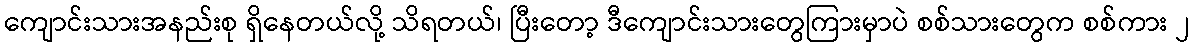
ကျောင်းသားအနည်းစု ရှိနေတယ်လို့ သိရတယ်၊ ပြီးတော့ ဒီကျောင်းသားတွေကြားမှာပဲ စစ်သားတွေက စစ်ကား ၂